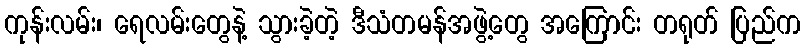
ကုန်းလမ်း၊ ရေလမ်းတွေနဲ့ သွားခဲ့တဲ့ ဒီသံတမန်အဖွဲ့တွေ အကြောင်း တရုတ် ပြည်က